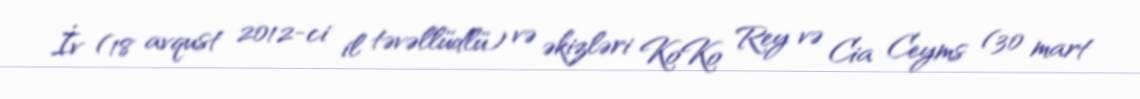
İv (18 avqust 2012-ci il təvəllüdlü) və əkizləri KoKo Rey və Cia Ceyms (30 mart